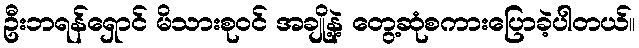
ဦးဘရန်ရှောင် မိသားစုဝင် အချို့နဲ့ တွေ့ဆုံစကားပြောခဲ့ပါတယ်။